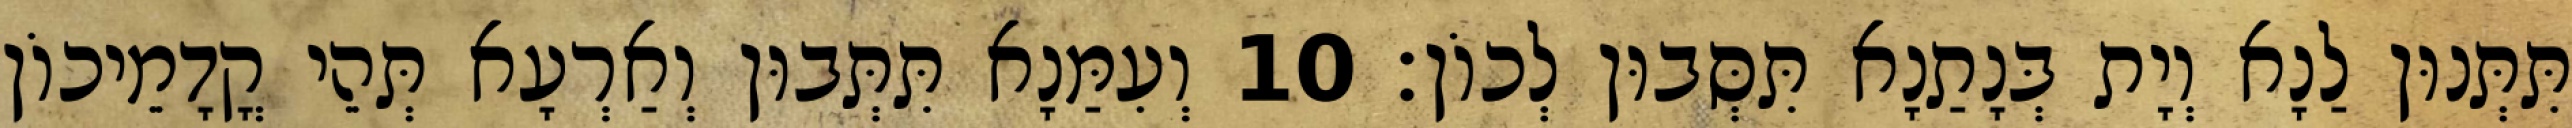
תִּתְּנוּן לַנָא וְיָת בְּנָתַנָא תִּסְּבוּן לְכוֹן׃ 10 וְעִמַּנָא תִּתְּבוּן וְאַרְעָא תְּהֵי קֳדָמֵיכוֹן